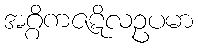
အဂ္ဂိကဇဋိလဥပမာ